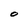
Character: O